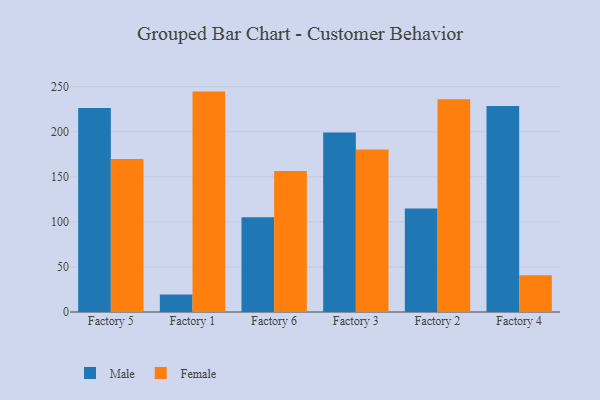
{"axis": {"x": "Factory", "y": "Population (Million)"}, "legend": ["Female", "Male"], "data": [{"x": "Factory 5", "y": 226.3, "type": "Male"}, {"x": "Factory 5", "y": 169.9, "type": "Female"}, {"x": "Factory 1", "y": 19.3, "type": "Male"}, {"x": "Factory 1", "y": 244.6, "type": "Female"}, {"x": "Factory 6", "y": 105.1, "type": "Male"}, {"x": "Factory 6", "y": 156.4, "type": "Female"}, {"x": "Factory 3", "y": 199.2, "type": "Male"}, {"x": "Factory 3", "y": 180.3, "type": "Female"}, {"x": "Factory 2", "y": 114.9, "type": "Male"}, {"x": "Factory 2", "y": 236.1, "type": "Female"}, {"x": "Factory 4", "y": 228.6, "type": "Male"}, {"x": "Factory 4", "y": 40.7, "type": "Female"}]}